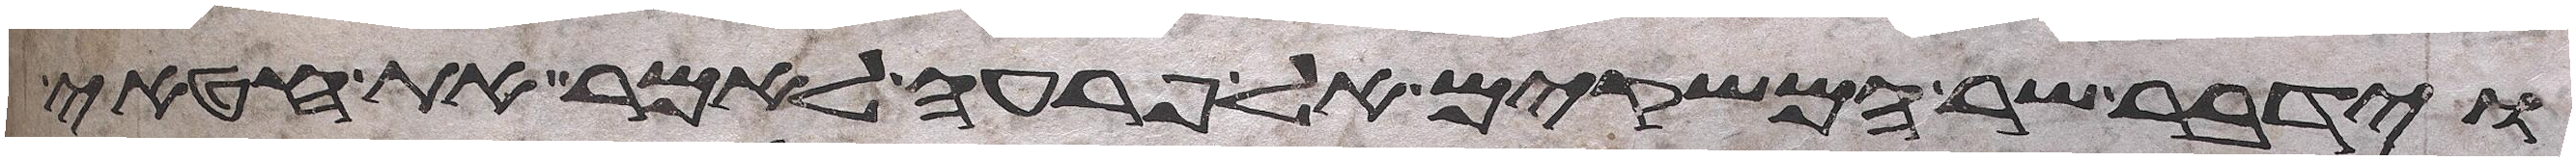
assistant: וידבר שר המשקים אל פרעה לאמר את חטאי